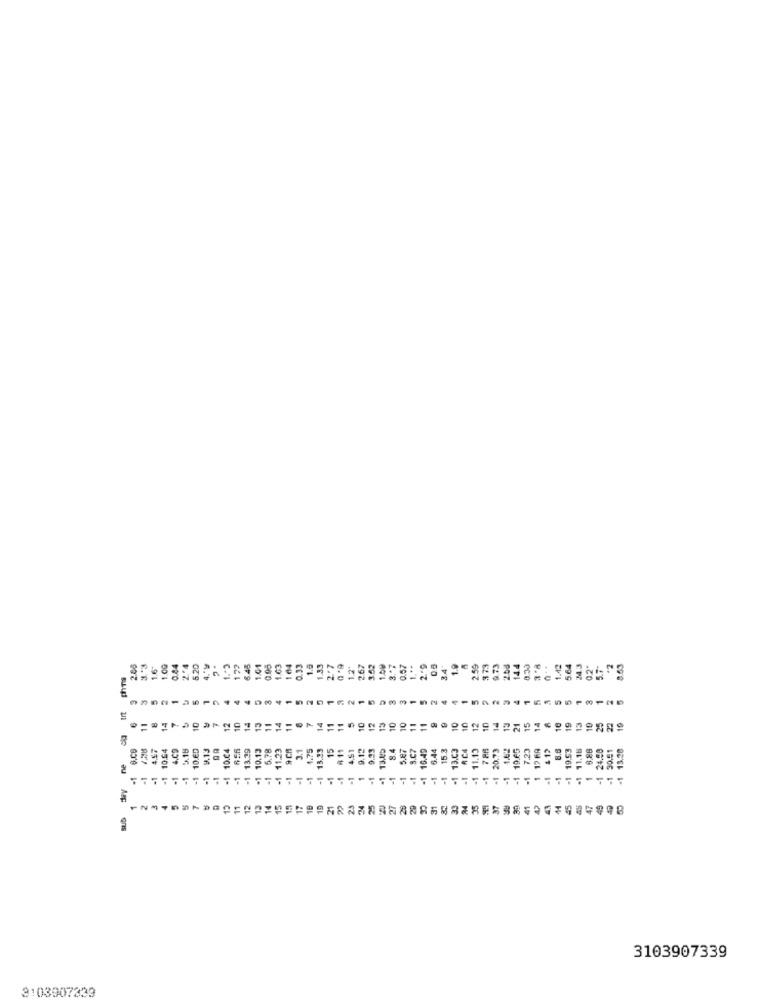
200
3 .* 3
1.00
0.44
2'4
5.20
1 .- 3
172
6.45
1.04
0.95
1.63
164
0.33
1.6
1.33
2'7
12"
267
3.52
1.00
8.7
0.57
1 .**
2.0
1.9
2.59
373
9.73
2.08
14.4
1.42
5.64
24.3
0.2*
5.7"
*2
863
6.0
eco
4
5
2
5
1
1
5
5
11
14
11
7
11
11
10
12
13
10
10
11
11
10
10
12
10
13
15
14
16
1º
11
14
10
7
12
10
14
13
14
19
13
19
4,57
4.09
3.18
9.13
13.39
5.78
9 CA
3.1
1.75
15
411
4,51
2.12
9.33
8.4
5.87
3.07
6.44
15.3
13.C3
AC 4
11.13
7 86
182
-1 19.65
-1 7.23
12 FR
-1 19.53
11.15
6.88
24.50
30:51
10.45
-1 20.73
ne
.1
=1
-1
.1
.1
-1
-1
-1
-1
-1
-1
-1
-1
-1
1
-1
-1
.1
.1
-1
-1
=1
-1
-1
-1
-1
5
14
15
19
21
23
24
29
45
1
3103907339
3103907333